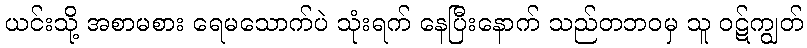
ယင်းသို့ အစာမစား ရေမသောက်ပဲ သုံးရက် နေပြီးနောက် သည်တဘဝမှ သူ ဝဋ်ကျွတ်